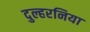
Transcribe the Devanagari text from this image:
दुल्हरनिया